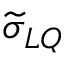
\widetilde \sigma _ { L Q }